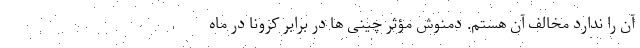
آن را ندارد مخالف آن هستم. دمنوش مؤثر چینی ها در برابر کرونا در ماه